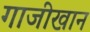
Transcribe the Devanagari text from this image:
गाजीखान